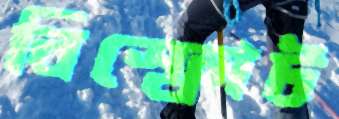
বিস্ফোট